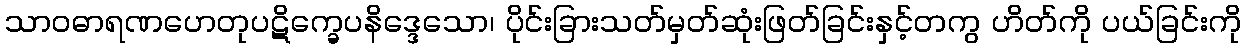
သာဝဓာရဏဟေတုပဋိက္ခေပနိဒ္ဒေသော၊ ပိုင်းခြားသတ်မှတ်ဆုံးဖြတ်ခြင်းနှင့်တကွ ဟိတ်ကို ပယ်ခြင်းကို